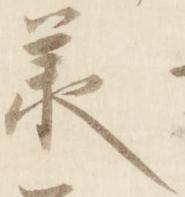
承